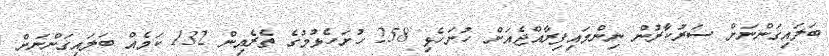
ބަލައިގަންނަށް ސަރުކާރުން ނިންމައިފިރާއްޖެއަށް ހުށަހެޅި 258 ހުށަހެޅުމުގެ ތެރެއިން 132 ކަމެއް ބަލައިގަންނަށް